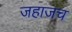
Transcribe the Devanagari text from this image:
जहाजच